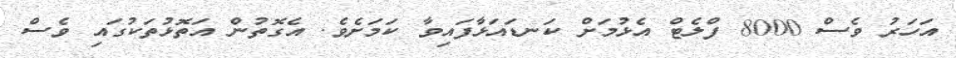
އަހަރު ވެސް 8000 ފްލެޓް އެޅުމަށް ކަނޑައަޅާފައިވާ ކަމަށެވެ. އެގޮތުން އަތޮޅުތަކުގައި ވެސް